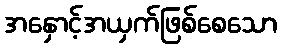
အနှောင့်အယှက်ဖြစ်စေသော